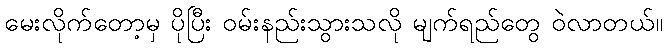
မေးလိုက်တော့မှ ပိုပြီး ဝမ်းနည်းသွားသလို မျက်ရည်တွေ ဝဲလာတယ်။